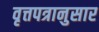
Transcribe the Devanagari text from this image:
वृत्तपत्रानुसार